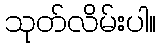
သုတ်လိမ်းပါ။